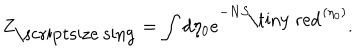
Z _ { \mathrm { \scriptsize ~ s i n g } } = \int d \eta _ { 0 } e ^ { - N S _ { \mathrm { \tiny ~ r e d } } ( \eta _ { 0 } ) } .